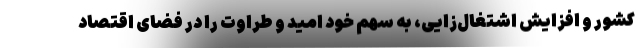
کشور و افزایش اشتغال‌زایی، به سهم خود امید و طراوت را در فضای اقتصاد